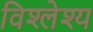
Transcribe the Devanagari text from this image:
विश्लेश्य